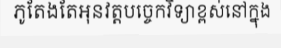
ភូតែងតែអុនវត្តបច្ចេកវិទ្យាខ្ពស់នៅក្នុង